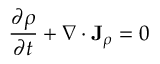
{ \frac { \partial \rho } { \partial t } } + \nabla \cdot \mathbf { J } _ { \rho } = 0